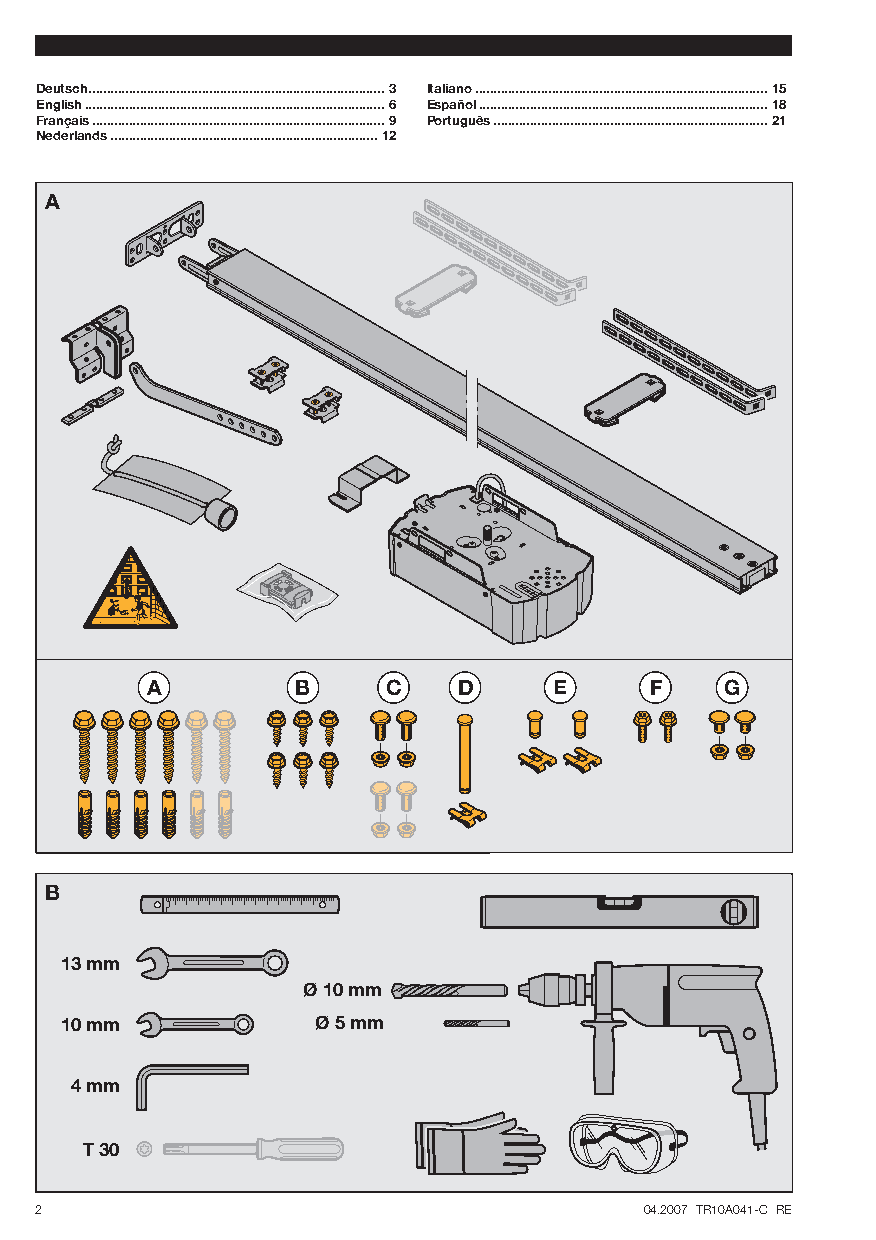
Deutsch.................................................................................3 Italiano................................................................................15
 English..................................................................................6 Español...............................................................................18
 Français................................................................................9 Português...........................................................................21
 Nederlands.........................................................................12
 A
 A         B     C   D      E     F    G
 B
 13 mm
 Ø 10 mm
 10 mm            Ø 5 mm
 4 mm
 T 30
 2                                        04.2007 TR10A041-C RE